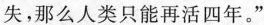
失，那么人类只能再活四年。”